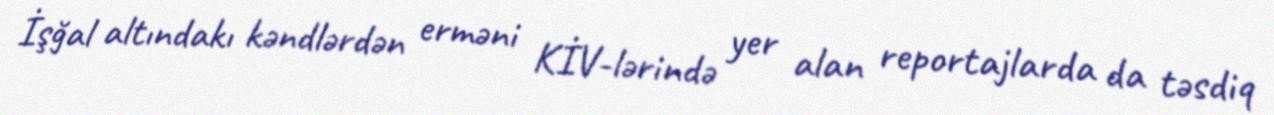
İşğal altındakı kəndlərdən erməni KİV-lərində yer alan reportajlarda da təsdiq